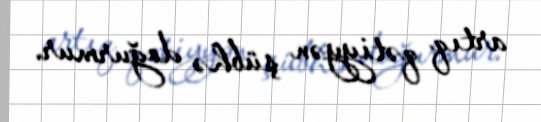
artıq qətiyyən şübhə doğurmur.